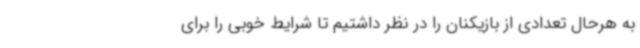
به هرحال تعدادی از بازیکنان را در نظر داشتیم تا شرایط خوبی را برای